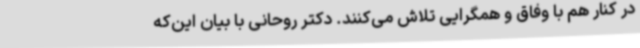
در کنار هم با وفاق و همگرایی تلاش می‌کنند. دکتر روحانی با بیان این‌که